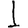
Digit: 1